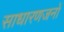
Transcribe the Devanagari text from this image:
साधारणजनों